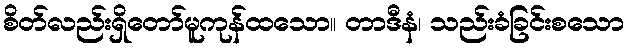
စိတ်လည်းရှိတော်မူကုန်ထသော။ တာဒီနံ၊ သည်းခံခြင်းစသော